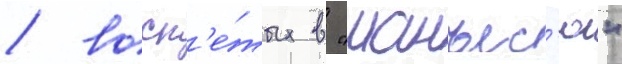
/ восп'е́тых в "манъес'ю"